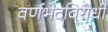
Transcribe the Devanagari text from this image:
वर्णभेदविरोधी